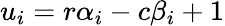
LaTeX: u_{i}=r\alpha_{i}-c\beta_{i}+1